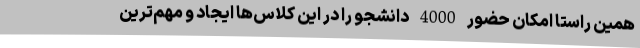
همین راستا امکان حضور 4000 دانشجو را در این کلاس‌ها ایجاد و مهم‌ترین